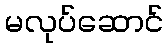
မလုပ်ဆောင်